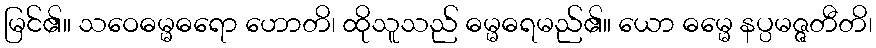
မြင်၏။ သဝေဓမ္မဓရော ဟောတိ၊ ထိုသူသည် ဓမ္မဓရမည်၏။ ယော ဓမ္မေ နပ္ပမဇ္ဇတီတိ၊